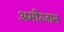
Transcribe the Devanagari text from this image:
अमीरजान